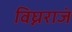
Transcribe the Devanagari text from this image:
विघ्नराजं